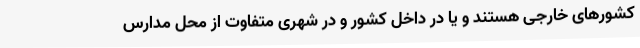
کشورهای خارجی هستند و یا در داخل کشور و در شهری متفاوت از محل مدارس